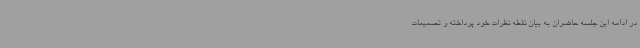
در ادامه این جلسه حاضران به بیان نقطه نظرات خود پرداخته و تصمیمات